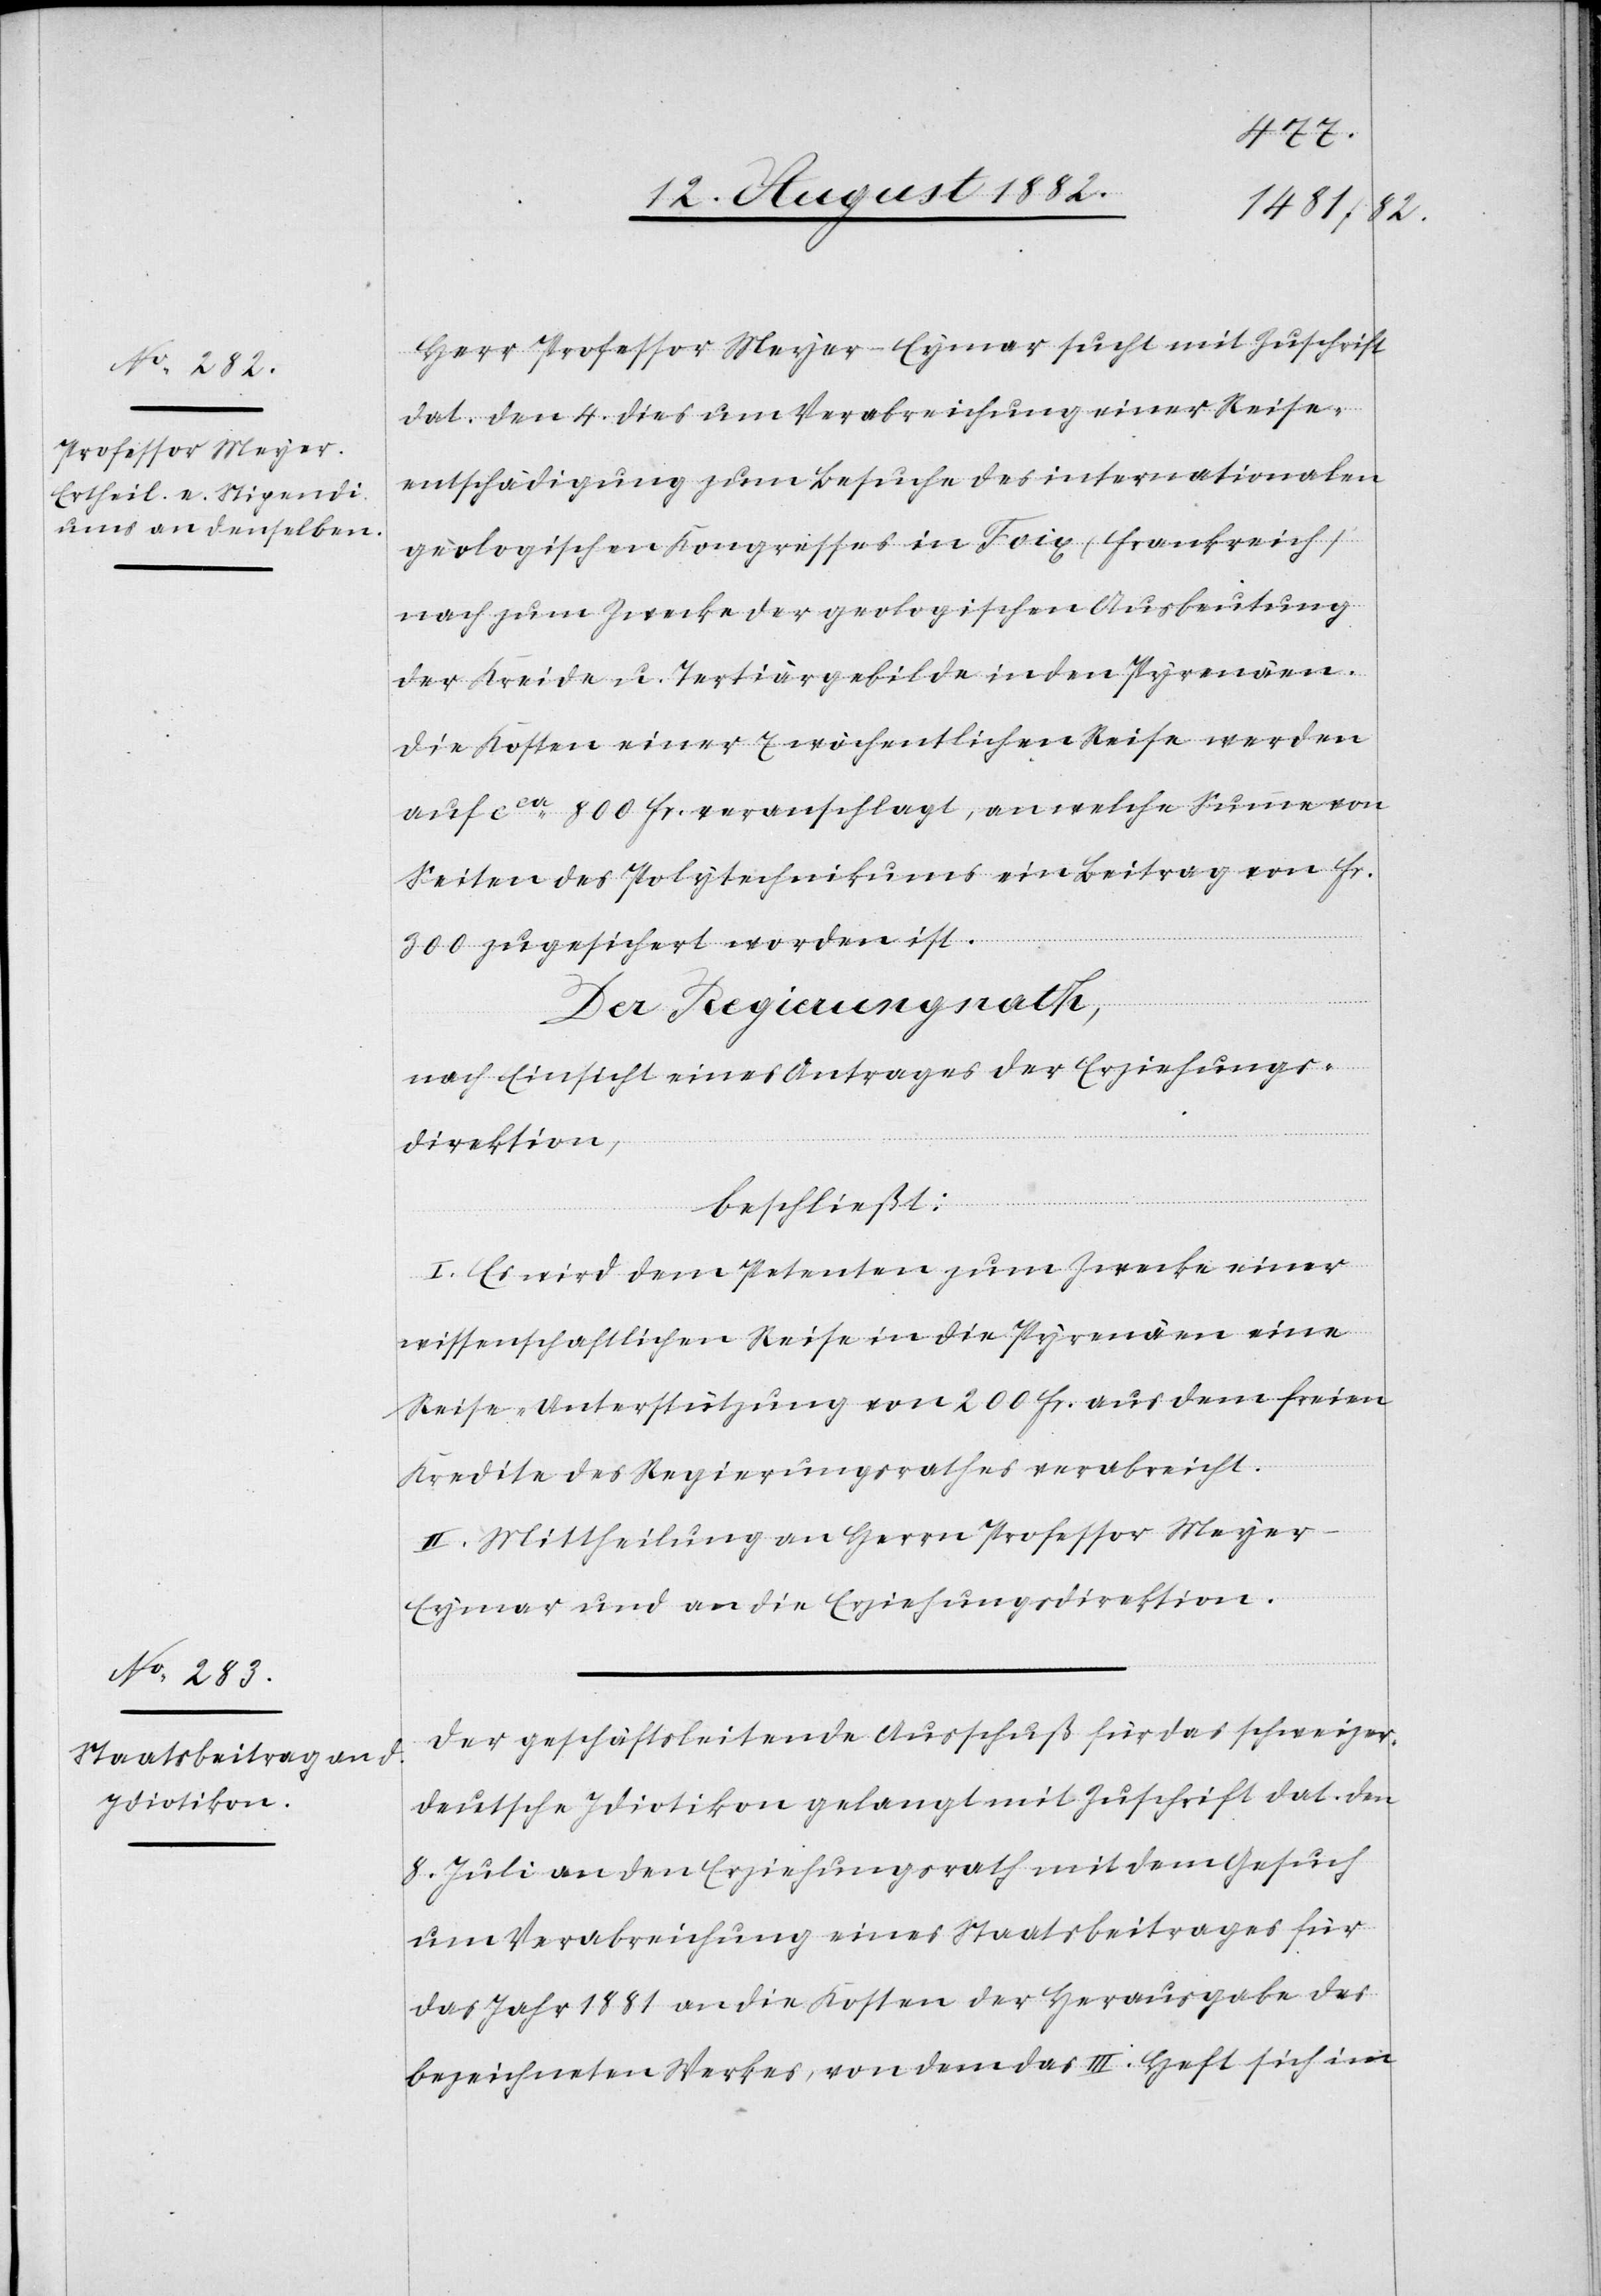
Herr Professor Meyer-Eymar sucht mit Zuschrift
dat. den 4. dies um Verabreichung einer Reise¬
entschädigung zum Besuche des internationalen
geologischen Kongresses in Foix (Frankreich)
nach zum Zwecke der geologischen Ausbeutung
der Kreide u. Tertiärgebilde in den Pyrenäen.
Die Kosten einer 7 wöchentlichen Reise werden
auf ca 800 Fr. veranschlagt, an welche Summe von
Seiten des Polytechnikums ein Beitrag von Fr.
300 zugesichert worden ist.
Der Regierungsrath,
nach Einsicht eines Antrages der Erziehungs¬
direktion,
beschließt:
I. Es wird dem Petenten zum Zwecke einer
wissenschaftlichen Reise in die Pyrenäen eine
Reise-Unterstützung von 200 Fr. aus dem freien
Kredite des Regierungsrathes verabreicht.
II. Mittheilung an Herrn Professor Meye¬
r-Eymar und an die Erziehungsdirektion.
Der geschäftsleitende Ausschuß für das schweizer.
deutsche Idiotikon gelangt mit Zuschrift dat. den
8. Juli an den Erziehungsrath mit dem Gesuch
um Verabreichung eines Staatsbeitrages für
das Jahr 1881 an die Kosten der Herausgabe des
bezeichneten Werkes, von dem das III. Heft sich im